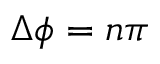
\Delta \phi = n \pi